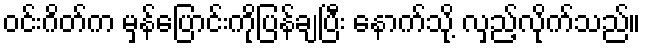
ဝင်းဂိတ်က မှန်ပြောင်းကိုပြန်ချပြီး နောက်သို့ လှည့်လိုက်သည်။